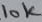
Text: 10K